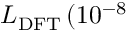
L _ { \mathrm { D F T } } \, ( 1 0 ^ { - 8 }